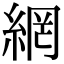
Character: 網